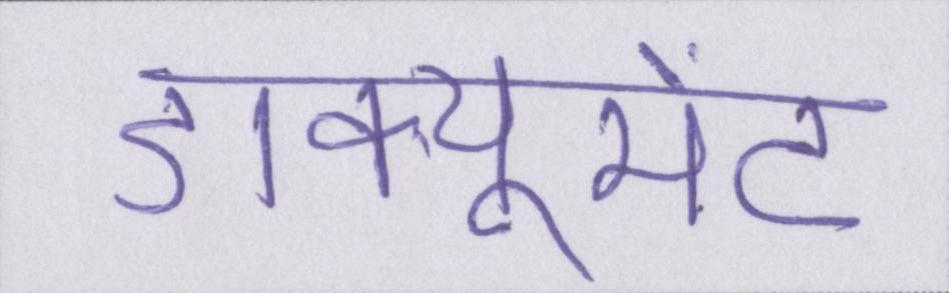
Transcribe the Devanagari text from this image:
डाक्यूमेंट